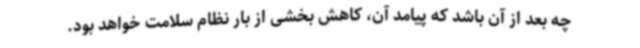
چه بعد از آن باشد که پیامد آن، کاهش بخشی از بار نظام سلامت خواهد بود.